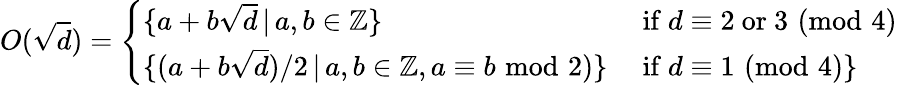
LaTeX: O({\sqrt{d}})={\left\{ \begin{array}{ll}{\{ a+b{\sqrt{d}}\, |\, a,b\in\mathbb{Z}\} }&{{\mathrm{~if~}}d\equiv 2{\mathrm{~or~}}3\, \, (\mathrm{mod}\, \, 4)}\\ {\{ (a+b{\sqrt{d}})/2\, |\, a,b\in\mathbb{Z},a\equiv b\, \, \mathrm{mod}\, \, 2)\} }&{{\mathrm{~if~}}d\equiv 1\, \, (\mathrm{mod}\, \, 4)\} }\end{array}\right.}